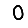
Digit: 0